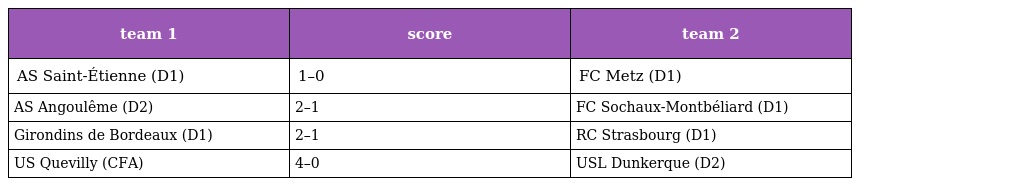
| team 1 | score | team 2 |
 | --- | --- | --- |
 | AS Saint-Étienne (D1) | 1–0 | FC Metz (D1) |
 | AS Angoulême (D2) | 2–1 | FC Sochaux-Montbéliard (D1) |
 | Girondins de Bordeaux (D1) | 2–1 | RC Strasbourg (D1) |
 | US Quevilly (CFA) | 4–0 | USL Dunkerque (D2) |